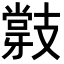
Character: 𭣝